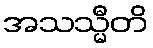
အသသ္မီတိ